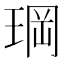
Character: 𤦇